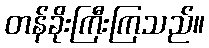
တန်ခိုးကြီးကြသည်။